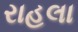
રાહલા